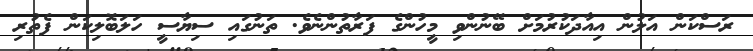
ރަސްކަން އަލުން އިއާދަކުރުމަށް ބޭނުންވި މީހުންގެ ފަރާތުންނެވެ. ތަނުގައި ސިޔާސީ ހަލަބޮލިކަން ފެތުރި